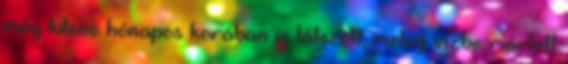
még kilenc hónapos korában is látszott, meleg vízbe mártott